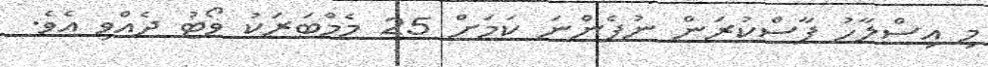
މި އިސްލާހު ފާސްކުރަން ނުފެންނަ ކަމަށް 25 މެމްބަރަކު ވޯޓު ދެއްވި އެވެ.